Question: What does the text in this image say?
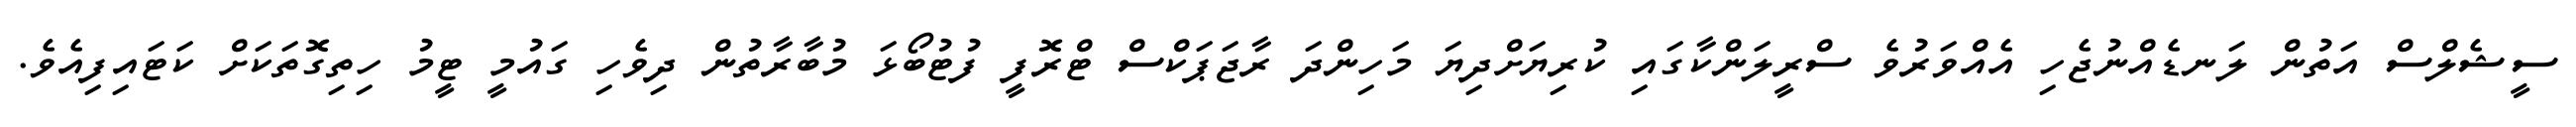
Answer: ސީޝެލްސް އަތުން ލަނޑެއްނުޖެހި އެއްވަރުވެ ސްރީލަންކާގައި ކުރިޔަށްދިޔަ މަހިންދަ ރާޖަޕަކްސް ޓްރޮފީ ފުޓުބޯޅަ މުބާރާތުން ދިވެހި ގައުމީ ޓީމު ހިތިގޮތަކަށް ކަޓައިފިއެވެ.